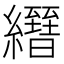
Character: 𦇢